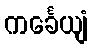
ကင်္ခေယျံ